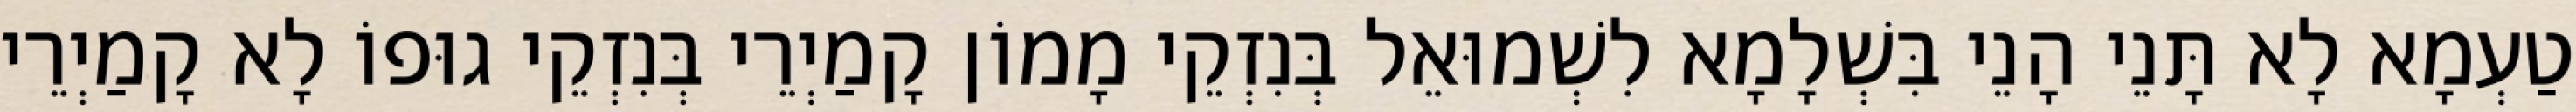
טַעְמָא לָא תָּנֵי הָנֵי בִּשְׁלָמָא לִשְׁמוּאֵל בְּנִזְקֵי מָמוֹן קָמַיְרֵי בְּנִזְקֵי גוּפוֹ לָא קָמַיְרֵי